Calcutta medical institutions reports 1879-81 [i.e.91]
Year: 1879
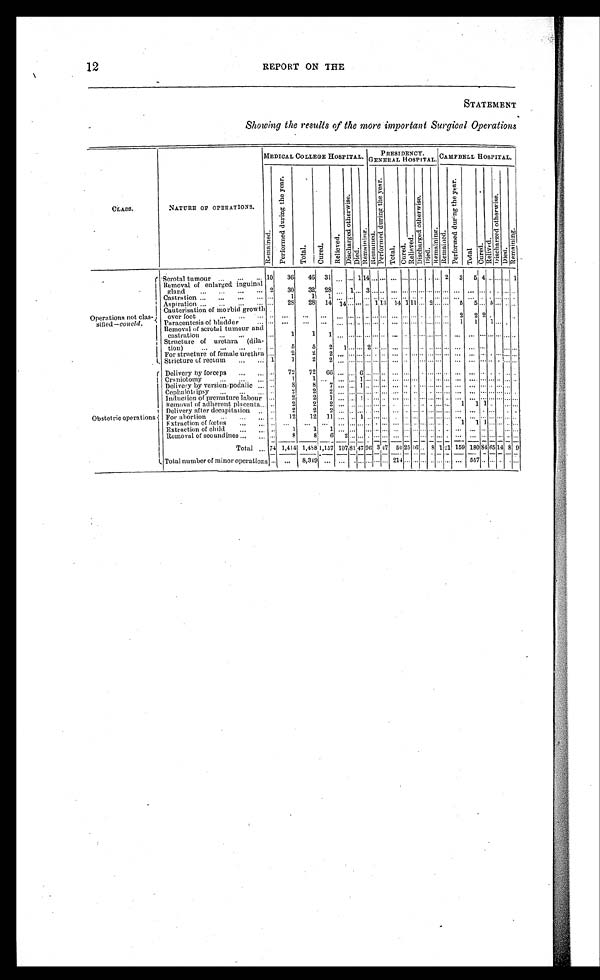
12
REPORT ON THE
STATEMENT
Showing the results of the more important Surgical Operations
CLASS.
NATURE OF OPERATIONS.
MEDICAL COLLEGE HOSPITAL.
PRESIDENCY.
GENERAL HOSPIITAL. CAMPBELL HOSPITAL.
R e ma i n e d .
P e r f o r m e d d u r i n g t h e y e a r .
T o t a l .
C u r e d .
R e l i e v e d .
D i s c h a r g e d o t h e r w i s e .
D i e d .
R e m a i n i n g .
P e r f o r m e d d u r i n g t h e y e a r .
P e r f o r m e d d u r i n g t h e y e a r .
T o t a l .
C u r e d .
R e l i e v e d .
D i s c h a r g e d o t h e r w i s e .
D i e d . R e m a i n i n g . R e m a i n e d .
P e r f o r m e d d u r i n g t h e y e a r
Tot al .
C u r e d .
R e l i e v e d .
D i s c h a r g e d o t h e r w i s e .
D i e d .
R e m a i n i n g .
Operations not clas-
sified— concld.
Scrotal tumour
. . . 10
36
46 31
. . . . . . 1 14
. . . . . . . . . . . . . . . . . . . . . . . . 2 3 5 4 . . . . . . . . .
1
Removal of e n l a r g e d i n g u i n a l
gland
. . .
2
3 0
3 2
2 8
. . . . . . . . . . . .
. . . . . .
. . . . . . . . . . . . . . . . . . . . .
. . .
. . . . . . . . .
. . .
. . .
. . .
Castration
. . . . . .
1
1
1
. . . . . . . . . . . .
. . . . . .
. ..
. . . . . . . . . . . . . . . . . .
. . .
. . . . . . . . . . . . . . . . . .
Aspiration
. . . . . .
2 8
28 14
1 4 . . . . . . . . .
. . .1 1 3 14 1 1 1 . . . 2 . . . . . . 5
5 . . . 5 . . . . . . . . .
Cauterisation of morbid growth
over foot
. . . . . . . . .
. . .
. . .
. . . . . . . . . . . .
. . .
. . .
. . . . . . . . . . . . . . . . . . . . .
2 2 2
. . . . . . . . . . . .
Paracentesis of bladder
. . . . . . . . .
. . .
. . .
. . . . . . . . . . . . . . . . . . . . . . . . . . . . . . . . . . . . . . . 1
1 1 . . . . . . . . . . . .
Removal of scrotal tumour and
castration
. . .
. . .
1
1
1
. . . . . . . . . . . .
. . . . . .
. . . . . . . . . . . .
. . . . . . . . . . . .
. . .
. . . . . .
. . . . . . . . .
Structure of uret hr a
(dila-
tion)
. . . . . .
5
5
2
1 . . . . . . . . .
. . . . . .
. . . . . . . . . . . . . . . . . . . . .
. . .
. . . . . . . . . . . . . . . . . .
For structure of female urethra . . .
2
2
2
. . . . . . . . . . . .
. . . . . .
. . . . . . . . . . . . . . . . . . . . .
. . .
. . . . . . . . . . . . . . . . . .
Stricture of rectum
. . . 1
1
2
2
. . . . . . . . . . . . . .
. . . . . .
. . . . . . . . . . . . . . . . . . . . . . . .
. . . . . . . . . . . . . . . . . .
Obstetric operations
Delivery by forceps
. . . . . .
72
72 66 . . . . . . 6
. . .
....
. . . . . . . . .
. . . . . . . . . . . . . . . . . .
. . . . . . . . . . . .
. . . . . .
Craniotomy
. . . . . ..
1
1
. . . . . . . . . 1 . . .
. . . . . .
. . . . . . . . . . . . . . . . . . . . . . . .
. . . . . . . . . . . . . . . . . .
Delivery by version podalic . . . . . .
8
8
7
. . . . . . 1 . . .
. . . . . .
. . . . . . . . . . . . . . . . . . . . .
. . .
. . . . . . . . . . . . . . . . . . .
Cephalotripsy
. . . . . .
2
2
2
. . . . . . . . . . . .
. . . . . .
. . . . . . . . . . . . . . . . . . . . .
. . .
. . . . . . . . . . . . . . . . . .
Induction of premature labour . . .
2
2
1
. . . . . . 1 . . .
. . . 1 . . . . . . . . . . . . . . . . . . . . .
. . .
. . . . . . . . . . . .
Removal of adherent placenta.. . . . .
2
2
2
. . . . . . . . . . . .
. . . . . .
. . . . . . . . . . . . . . . . . . . . .
1
1 1 . . . . . . . . . . . .
Delivery after decapitation . . . . . .
2
2
2
. . . . . . . . . . . .
. . . . . .
. . . . . . . . . . . . . . . . . . . . . . . .
. . . . . . . . . . . . . . . . . .
For abortion . . . . . .
12
12 11 . . . . . . 1 . . .
. . . . . .
. . . . . . . . . . . . . . . . . . . . . . . .
. . . . . . . . . . . . . . . . . . .
Extraction of fœtus . . .
. . . . . .
. . .
. . .
. . . . . . . . . . . . . . . . . . . . . . . . . . . . . . . . . . . . . . . . . . . .
1 1 . . . . . . . . . . . .
Extraction of child . . . . . . 1
1
1
. . . . . . . . . . . . . . . . . . . . . . . . . . . . . . . . . . . . . . . . . .
. . . . . . . . . . . . . . . . . . . .
Removal of secundines . . . . . .
8
8
6
2 . . . . . . . . .
. . . . . .
. . . . . . . . . . . . . . . . . . . . .
. . .
. . . . . . . . . . . . . . . . . .
Total
. . . 74 1,414 1,488 1,157 107 81
4 7 9 6
3
4 7
50
25 16
. . .
8 1
2 1
159 180 84 85 14 8 9
Total number of minor operations . . . . . .
8,319
. . .
. . . . . . . . . . . .
. . . . . . 214 . . . . . . . . . . . . . . . . . . . . . 557 . . . . . . . . . . . . . . .